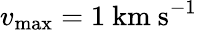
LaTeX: v_{\mathrm{max}}=1~\mathrm{km~s}^{-1}